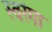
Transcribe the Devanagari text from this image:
स्वरंगा